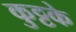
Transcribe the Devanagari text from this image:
कुट्टके